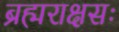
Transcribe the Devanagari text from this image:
ब्रह्मराक्षसः